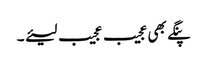
پنگے بھی عجیب عجیب لیئے ۔